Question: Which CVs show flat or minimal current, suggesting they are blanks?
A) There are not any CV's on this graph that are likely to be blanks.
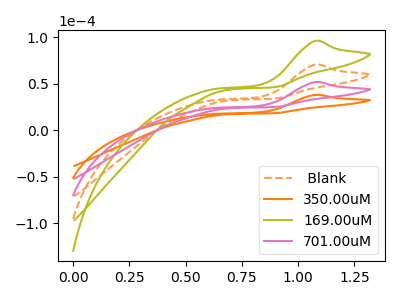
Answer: <think>The orange dashed curve " Blank" has an anodic peak at: (1.10V, 103.45uA). The orange curve "350.00uM" has an anodic peak at: (1.10V, 37.95uA). The olive curve "169.00uM" has an anodic peak at: (1.10V, 155.15uA). The pink curve "701.00uM" has an anodic peak at: (1.10V, 51.70uA).</think>
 <answer>A) There are not any CV's on this graph that are likely to be blanks.</answer>
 <eval>A</eval>